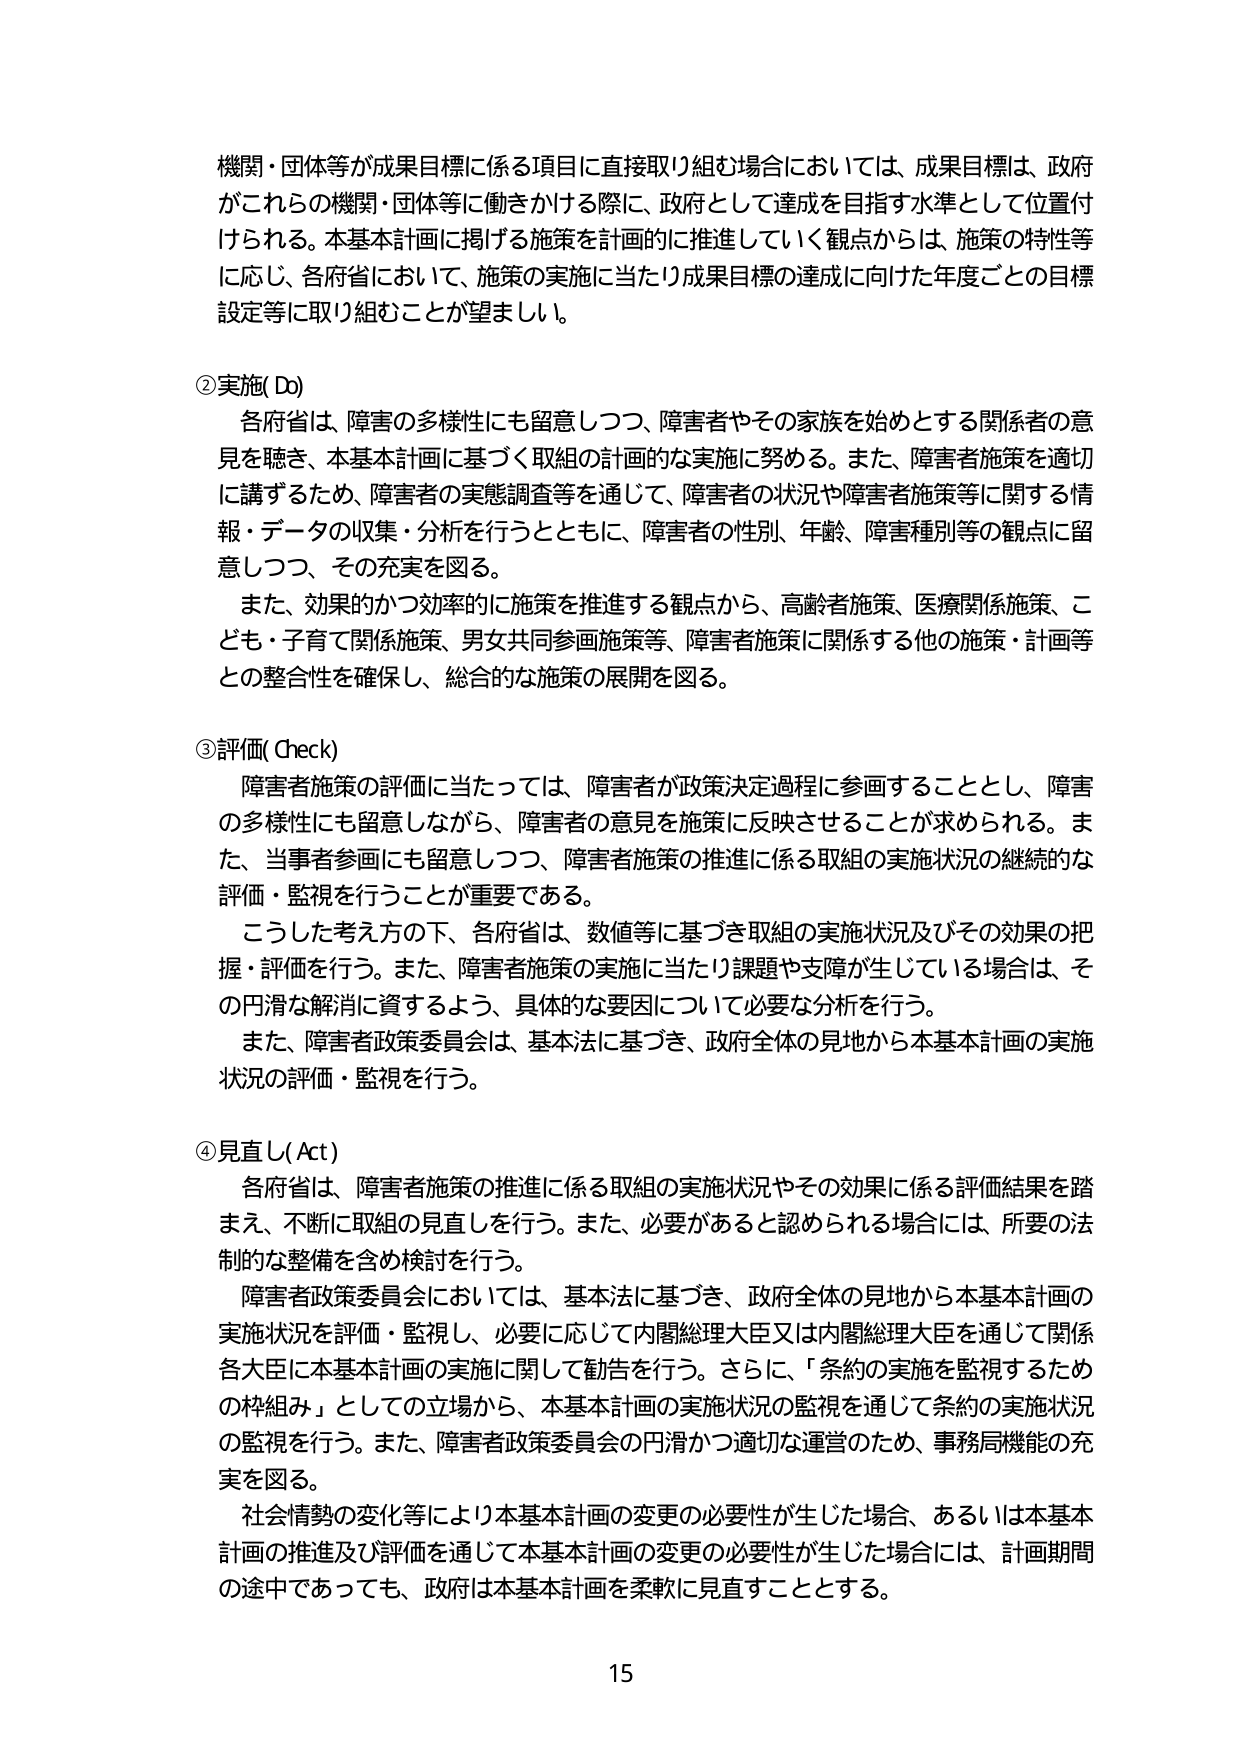
機関・団体等が成果目標に係る項目に直接取り組む場合においては、成果目標は、政府がこれらの機関・団体等に働きかける際に、政府として達成を目指す水準として位置付けられる。本基本計画に掲げる施策を計画的に推進していく観点からは、施策の特性等に応じ、各府省において、施策の実施に当たり成果目標の達成に向けた年度ごとの目標設定等に取り組むことが望ましい。

②実施（Do）
各府省は、障害の多様性にも留意しつつ、障害者やその家族を始めとする関係者の意見を聴き、本基本計画に基づく取組の計画的な実施に努める。また、障害者施策を適切に講ずるため、障害者の実態調査等を通じて、障害者の状況や障害者施策等に関する情報・データの収集・分析を行うとともに、障害者の性別、年齢、障害種別等の観点に留意しつつ、その充実を図る。
また、効果的かつ効率的に施策を推進する観点から、高齢者施策、医療関係施策、こども・子育て関係施策、男女共同参画施策等、障害者施策に関係する他の施策・計画等との整合性を確保し、総合的な施策の展開を図る。

③評価（Check）
障害者施策の評価に当たっては、障害者が政策決定過程に参画することとし、障害の多様性にも留意しながら、障害者の意見を施策に反映させることが求められる。また、当事者参画にも留意しつつ、障害者施策の推進に係る取組の実施状況の継続的な評価・監視を行うことが重要である。
こうした考え方の下、各府省は、数値等に基づき取組の実施状況及びその効果の把握・評価を行う。また、障害者施策の実施に当たり課題や支障が生じている場合は、その円滑な解消に資するよう、具体的な要因について必要な分析を行う。
また、障害者政策委員会は、基本法に基づき、政府全体の見地から本基本計画の実施状況の評価・監視を行う。

④見直し（Act）
各府省は、障害者施策の推進に係る取組の実施状況やその効果に係る評価結果を踏まえ、不断に取組の見直しを行う。また、必要があると認められる場合には、所要の法制的な整備を含め検討を行う。
障害者政策委員会においては、基本法に基づき、政府全体の見地から本基本計画の実施状況を評価・監視し、必要に応じて内閣総理大臣又は内閣総理大臣を通じて関係各大臣に本基本計画の実施に関して勧告を行う。さらに、「条約の実施を監視するための枠組み」としての立場から、本基本計画の実施状況の監視を通じて条約の実施状況の監視を行う。また、障害者政策委員会の円滑かつ適切な運営のため、事務局機能の充実を図る。
社会情勢の変化等により本基本計画の変更の必要性が生じた場合、あるいは本基本計画の推進及び評価を通じて本基本計画の変更の必要性が生じた場合には、計画期間の途中であっても、政府は本基本計画を柔軟に見直すこととする。

15